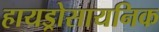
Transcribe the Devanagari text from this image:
हायड्रोसायनिक